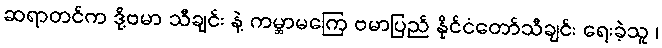
ဆရာတင်က ဒို့ဗမာ သီချင်း နဲ့ ကမ္ဘာမကြေ ဗမာပြည် နိုင်ငံတော်သီချင်း ရေးခဲ့သူ ၊